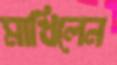
মাখিলেন